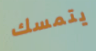
يتمسك